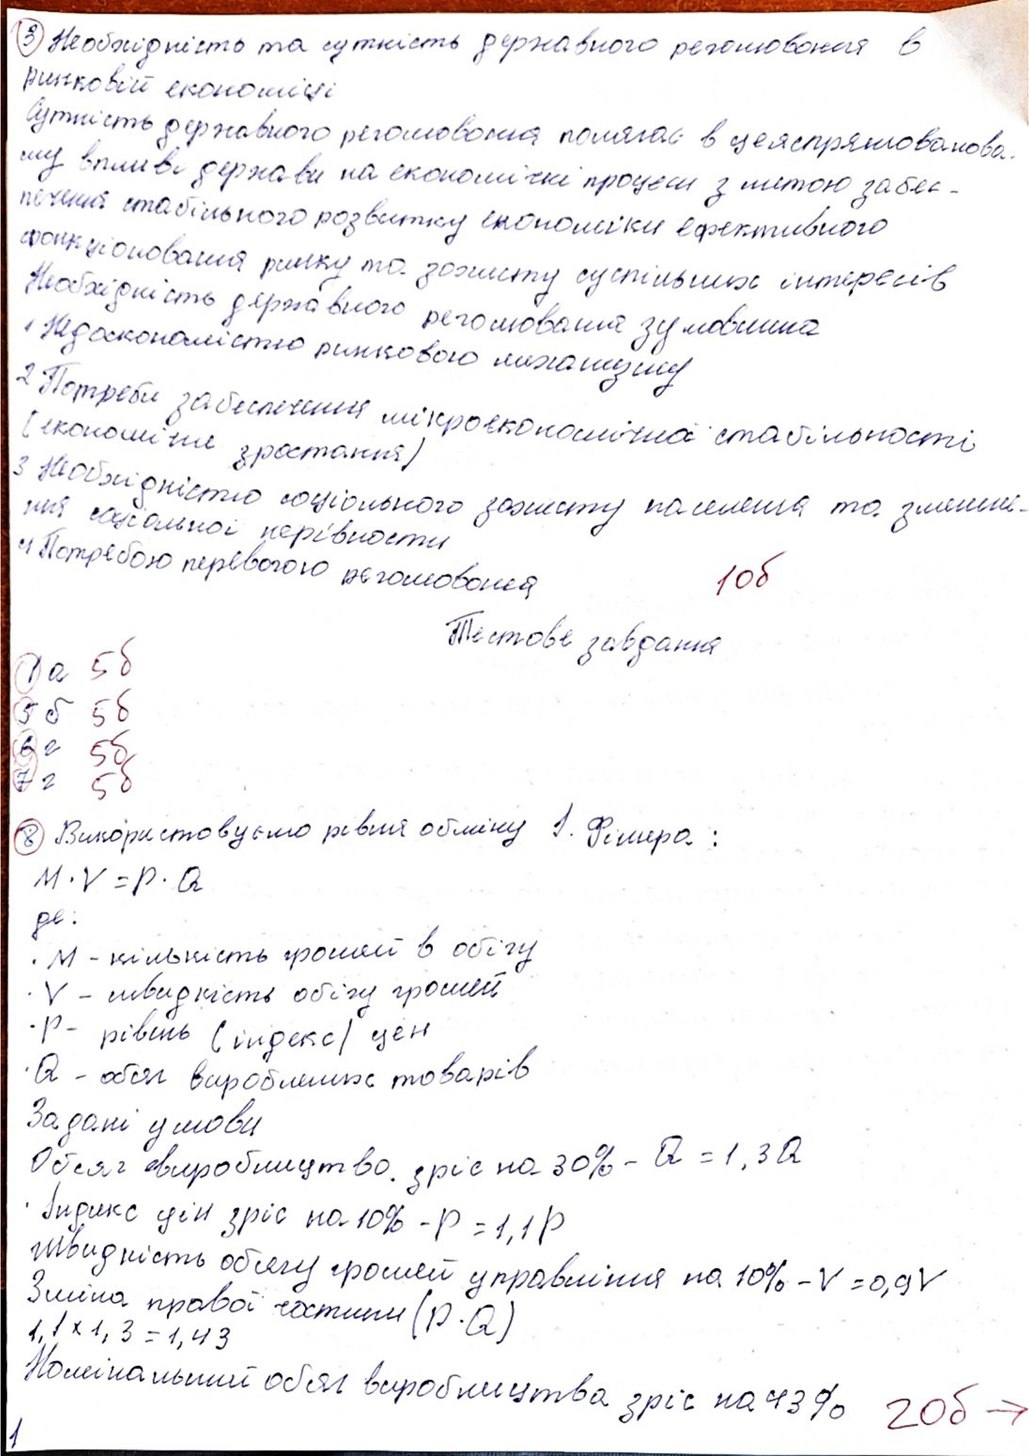
3 Необхідність та сутність державного регулювання в
ринковій економіці
Сутність державного реголювання полягає в целеспрямована
му впливі держави на економічні процеси з метою забес-
печення стабільного розвитку економіки ефективного
функціоновання ринку та захисту суспільних інтересів
Необхідність державного реголювання зумовлина
1 Недосконалістю ринкового механізму
2 Потреби забеспечення мікроекономічної стабільності
(економічне зростання)
3 Необхідністю соціального захисту населення та зменше-
ння соціальної нерівності
4 Потребою перевого регопювання
10б
Тестове завдання
1 а 5б
5 б 5б
6 г 5б
7 г 5б
8 Використовуємо рівня обміну І. Фішера:
M \cdot V = P \cdot Q
де:
M - кількість грошей в обігу
V - швидкість обігу грошей
P - рівень (індекс / цeн
Q - обсяг вироблених товарів
Задані умови
Обсяг виробництво зріс на 30% - Q = 1,3 Q
Індекс цін зріс на 10% - p = 1,1 p
Швидкість обсягу грошей управління на 10% - V = 0,9V
Зміна правої частини (P \dot Q)
1,1 * 1,3 = 1,43
Номінальний обсяг виробництва зріс на 43%
20б ->
1